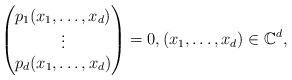
LaTeX: \begin{align*} \begin{pmatrix} p_1(x_1,\ldots,x_d) \cr \vdots \cr p_d(x_1,\ldots,x_d)\cr \end{pmatrix} = 0, (x_1,\ldots,x_d)\in\mathbb{C}^d,\end{align*}